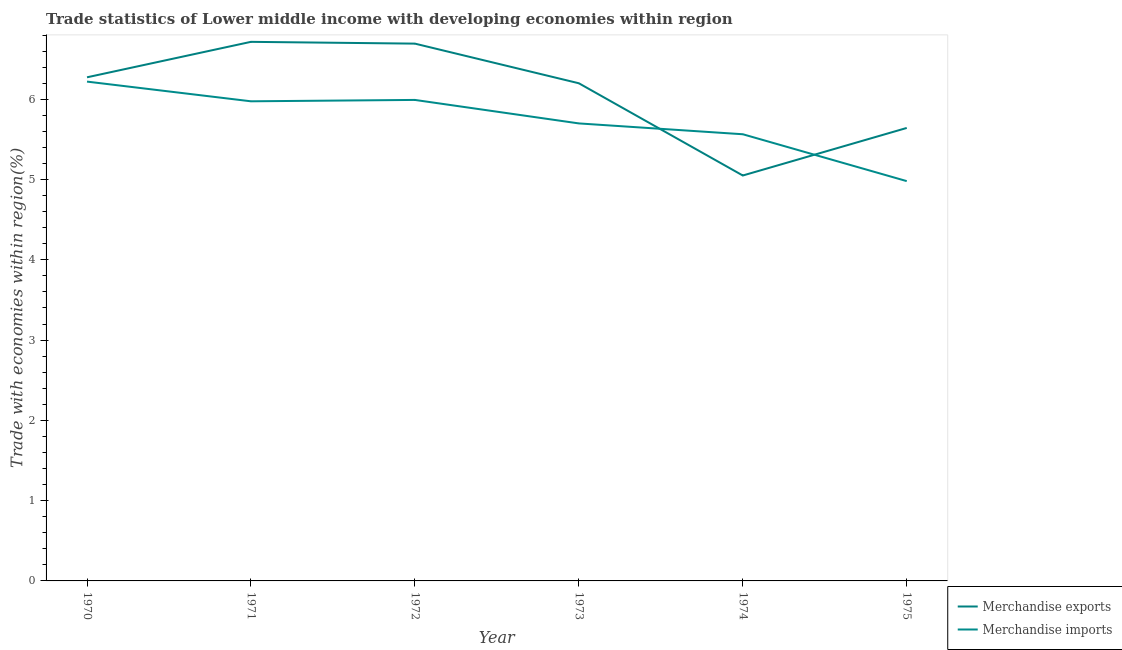
| Year | Merchandise exports | Merchandise imports |
 | --- | --- | --- |
 | 1970 | 6.27 | 6.22 |
 | 1971 | 6.72 | 5.97 |
 | 1972 | 6.69 | 5.99 |
 | 1973 | 6.2 | 5.7 |
 | 1974 | 5.05 | 5.56 |
 | 1975 | 5.64 | 4.98 |